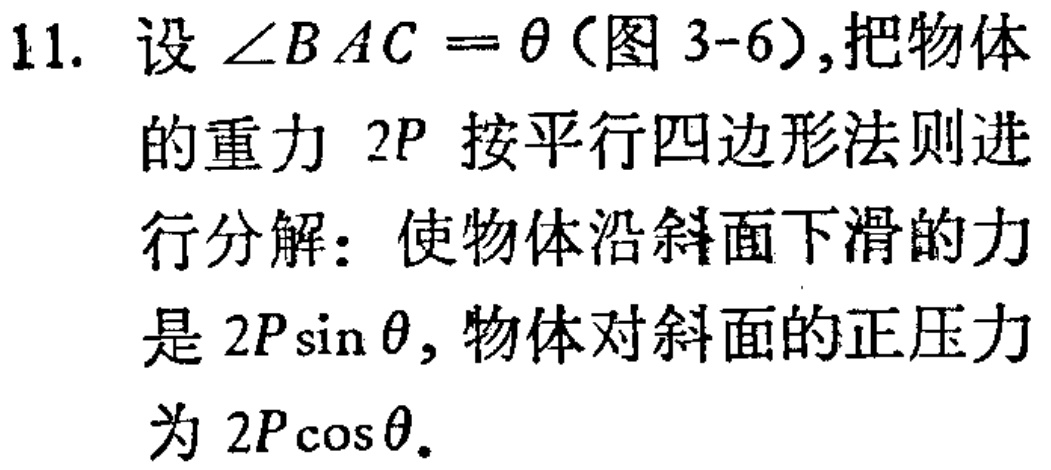
11. 设$\angle BAC = \theta$(图 3-6),把物体
的重力$2P$按平行四边形法则进
行分解：使物体沿斜面下滑的力
是$2P\sin\theta$, 物体对斜面的正压力
为$2P\cos\theta$.